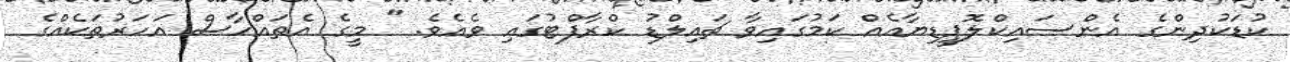
ކުޑަކުދިންގެ އެންސައިކްލޮޕީޑިޔާއެއް ކަމުގައިވާ ޗައިލްޑު ކްރާފްޓުގައި ވެއެވެ. " މީގެ އެތައްހާސް އަހަރުތަކެއްގެ